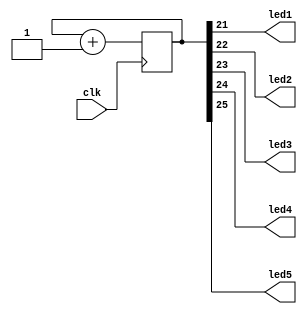
//**************************************************************************
//
//    Copyright (C) 2020  John Winans
//
//    This library is free software; you can redistribute it and/or
//    modify it under the terms of the GNU Lesser General Public
//    License as published by the Free Software Foundation; either
//    version 2.1 of the License, or (at your option) any later version.
//
//    This library is distributed in the hope that it will be useful,
//    but WITHOUT ANY WARRANTY; without even the implied warranty of
//    MERCHANTABILITY or FITNESS FOR A PARTICULAR PURPOSE.  See the GNU
//    Lesser General Public License for more details.
//
//    You should have received a copy of the GNU Lesser General Public
//    License along with this library; if not, write to the Free Software
//    Foundation, Inc., 51 Franklin Street, Fifth Floor, Boston, MA  02110-1301
//    USA
//
//**************************************************************************


/**
* This will blink the four LEDs on the IceStick Evaluation board
* by dividing down the 12MHZ oscillator on the board.
**************************************************************************/
module top (
    input wire clk,             // 12MHZ clock
    output wire led1,
    output wire led2,
    output wire led3,
    output wire led4,
    output wire led5
    );

    reg [25:0] counter = 0;

    // Drive the LEDs from the MSBs of the counter

    assign led1 = counter[21];      // divide by 4MHZ
    assign led2 = counter[22];      // divide by 8MHZ
    assign led3 = counter[23];      // divide by 16MHZ
    assign led4 = counter[24];      // divide by 32MHZ
    assign led5 = counter[25];      // divide by 64MHZ

    // Add 1 to the counter on each rising edge of the clk input signal
    always @ (posedge clk) 
    begin
        counter <= counter + 1;
    end

endmodule